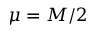
\mu = M / 2